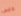
جايس